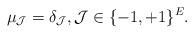
LaTeX: \begin{align*}\mu_{\mathcal{J}}=\delta_{\mathcal{J}}, \mathcal{J} \in \{-1,+1\}^E.\end{align*}